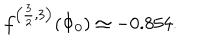
LaTeX: f ^ { \left( \frac { 3 } { 2 } , 3 \right) } ( \Phi _ { 0 } ) \simeq - 0 . 8 5 4 .